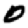
Digit: 0